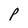
Character: P